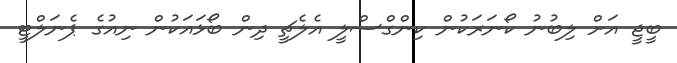
ބީޖީ އަށް ލިބުނު ކޯނަރަކުން ކިންގްސްލީ އެލެޗީ ދިން ބޯޅައަކުން ނިއުގެ ޕެނަލްޓީ